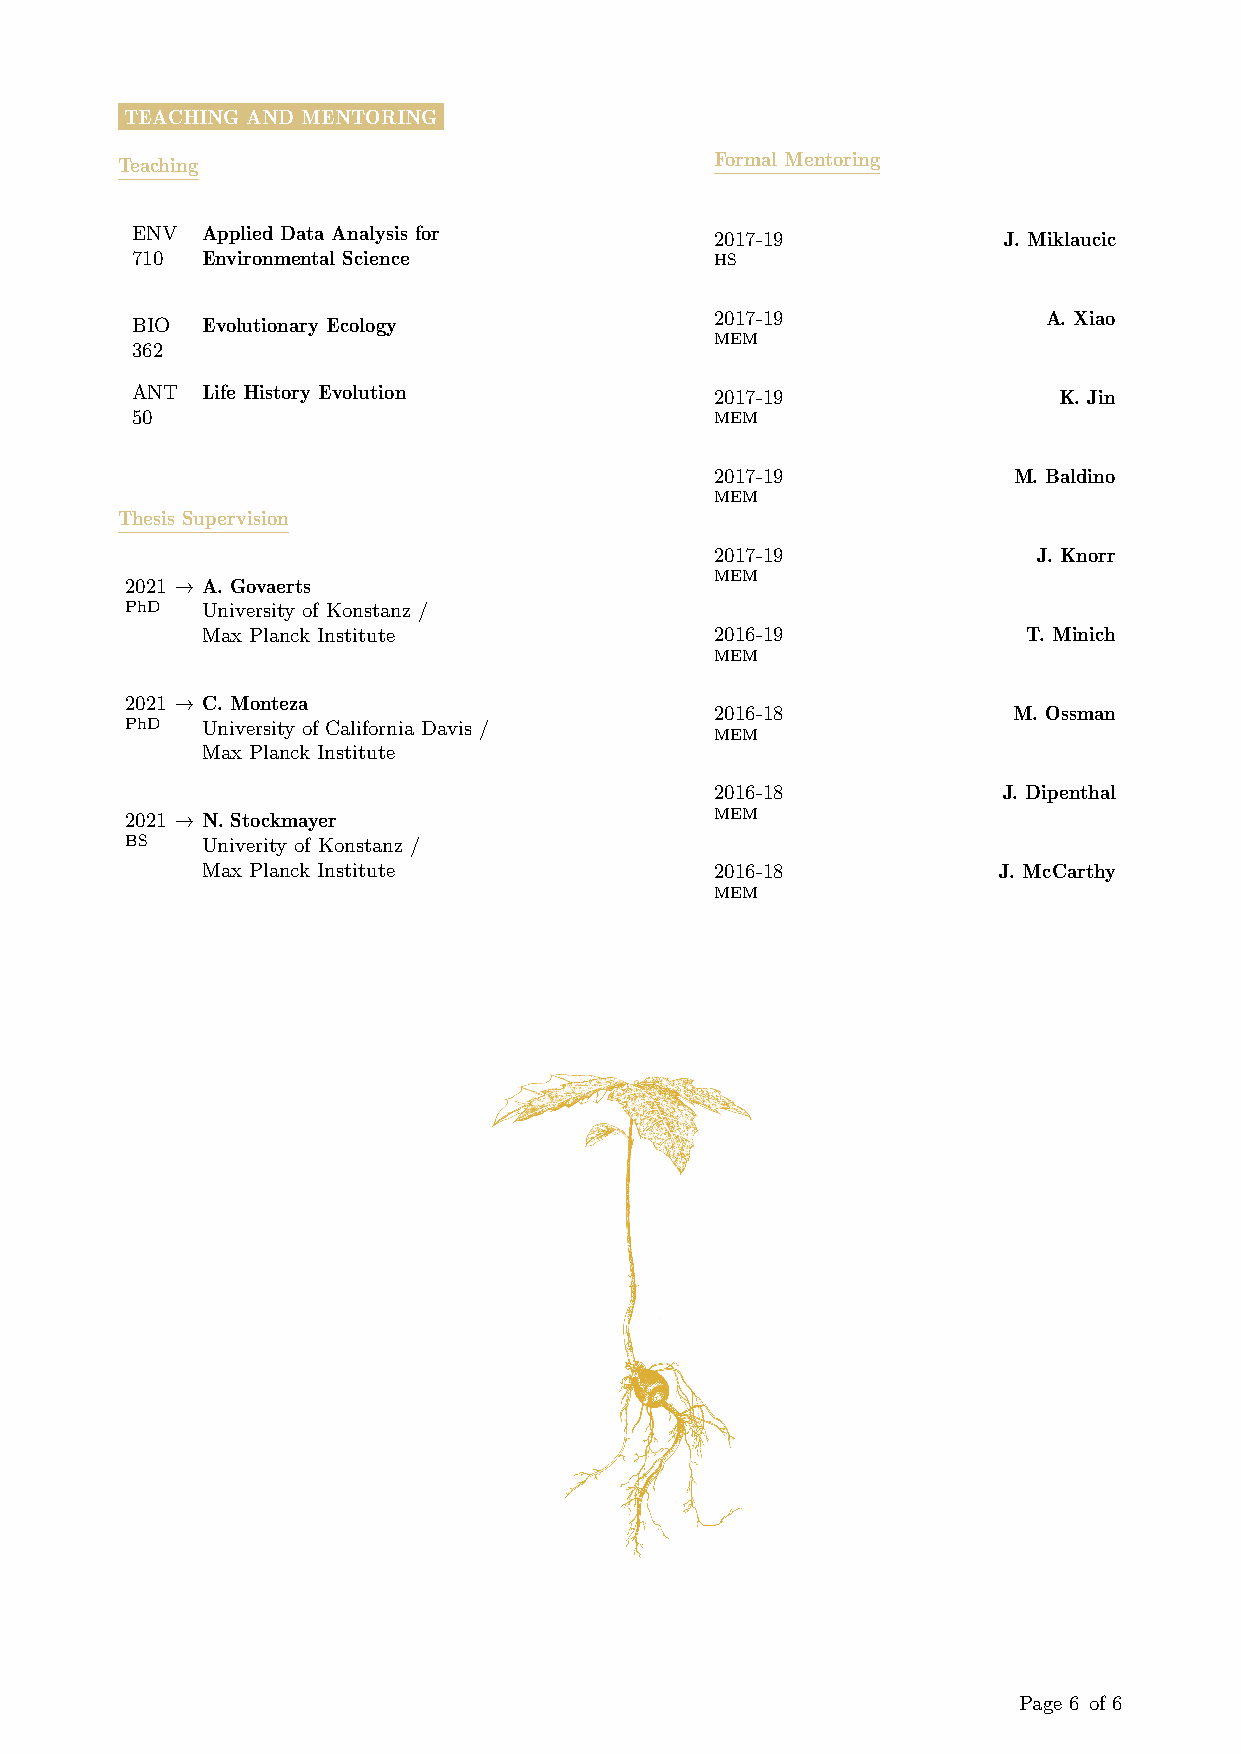
TEACHING AND MENTORING
 Teaching                               Formal Mentoring
 ENV Applied Data Analysis for         2017-19            J. Miklaucic
 710 Environmental Science             HS
 2017-19               A. Xiao
 BIO Evolutionary Ecology
 MEM
 362
 ANT Life History Evolution            2017-19                K. Jin
 50                                    MEM
 2017-19             M. Baldino
 MEM
 Thesis Supervision
 2017-19               J. Knorr
 2021 → A. Govaerts                     MEM
 PhD  University of Konstanz /
 Max Planck Institute              2016-19              T. Minich
 MEM
 2021 → C. Monteza
 2016-18             M. Ossman
 PhD  University of California Davis /
 MEM
 Max Planck Institute
 2016-18            J. Dipenthal
 2021 → N. Stockmayer                   MEM
 BS   Univerity of Konstanz /
 Max Planck Institute              2016-18            J. McCarthy
 MEM
 Page 6 of 6